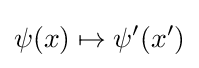
\psi (x)\mapsto \psi '(x')